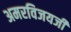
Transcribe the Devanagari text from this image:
अमरविजयजी